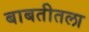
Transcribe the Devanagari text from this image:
बाबतीतला